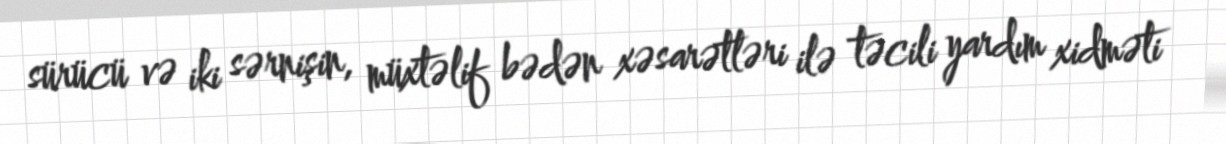
sürücü və iki sərnişin, müxtəlif bədən xəsarətləri ilə təcili yardım xidməti